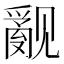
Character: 𰴝